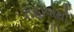
નહાવાથી